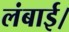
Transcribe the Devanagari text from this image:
लंबाई।